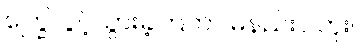
ကြွေလွင့်သွားခဲ့ကြတာ မနည်းပါဘူး။